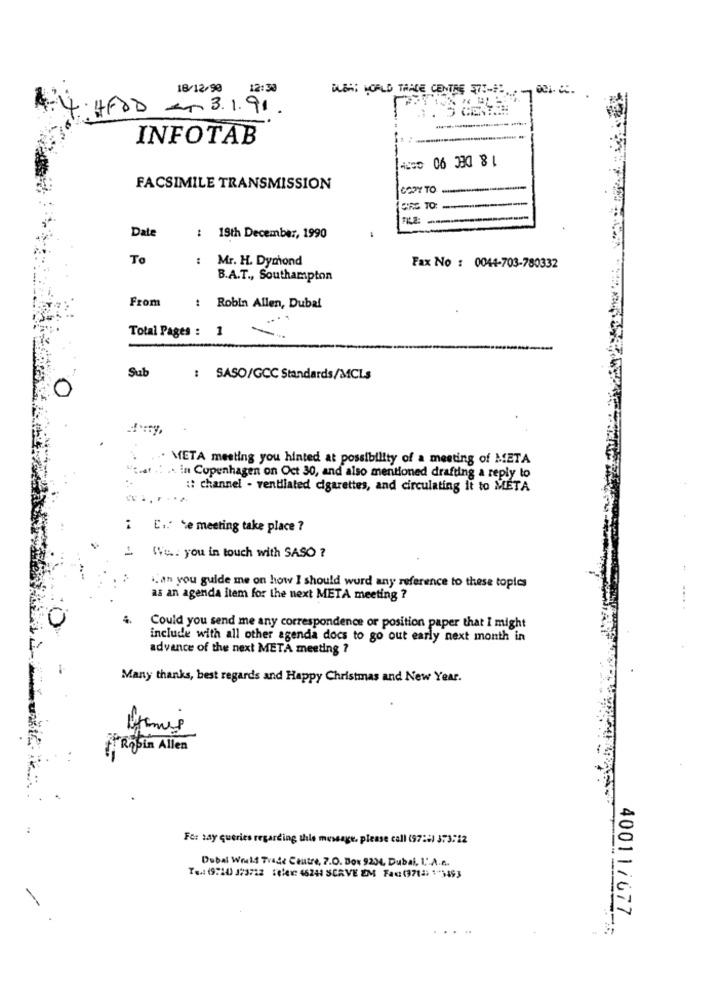
18/12/90 12:30
DUBAI WORLD TRADE CENTRE 7 !- EL ... 001. 2.
+ HFOD - 3.1.91.
INFOTAB
1 & DEC 90 007
FACSIMILE TRANSMISSION
COPY TO
CIRC TO:
FILE:
Date
: 19th December, 1990
To
:
Mr. H. Dymond
Fax No : 0044-703-780332
B.A.T ., Southampton
From
: Robin Allen, Dubai
Total Pages : 1
Sub
: SASO/GCC Standards/MCLs
0
META meeting you hinted at possibility of a meeting of META
.. in Copenhagen on Oct 30, and also mentioned drafting a reply to
:: channel - ventilated cigarettes, and circulating it to META
i C .. te meeting take place ?
Wie .. you in touch with SASO ?
.an you guide me on how I should word any reference to these topics
as an agenda item for the next META meeting ?
Could you send me any correspondence or position paper that I might
include with all other agenda docs to go out early next month in
advance of the next META meeting ?
Many thanks, best regards and Happy Christmas and New Year.
FROGin Allen
:
Fo: say queries regarding this message, please call (97 :: ) 373712
Dobal Would Trade Centre, 7.O. Box 9204 Dubai, I.A.e.
Ten (9:44) J23722 selex: 46241 SERVE EM Fac(37(2) 1"3493
40011/677